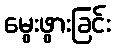
မွေးဖွားခြင်း